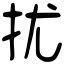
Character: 扰